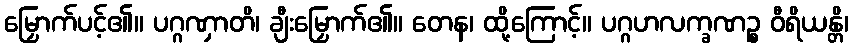
မြှောက်ပင့်၏။ ပဂ္ဂဏှာတိ၊ ချီးမြှောက်၏။ တေန၊ ထို့ကြောင့်။ ပဂ္ဂဟလက္ခဏဉ္စ ဝီရိယန္တိ၊